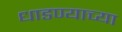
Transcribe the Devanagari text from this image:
धाडण्याच्या